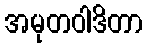
အမုတဝါဒိတာ